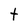
Character: t